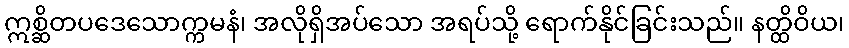
ဣစ္ဆိတပဒေသောက္ကမနံ၊ အလိုရှိအပ်သော အရပ်သို့ ရောက်နိုင်ခြင်းသည်။ နတ္ထိဝိယ၊